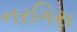
નરગિસ